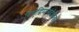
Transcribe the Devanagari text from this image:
विसुद्धिमग्गदीपिका